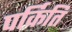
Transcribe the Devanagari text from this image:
पर्किति